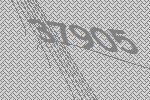
37905